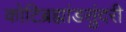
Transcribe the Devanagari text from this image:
कोटिब्रह्मांडसुंदरी